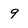
Character: 9